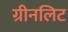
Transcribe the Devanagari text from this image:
ग्रीनलिट